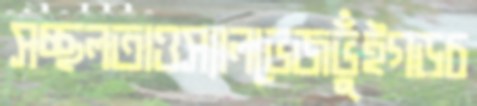
সচ্ছলতাওস্যালভেজভুঁইগড়চ